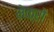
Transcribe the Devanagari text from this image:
मेक्रो